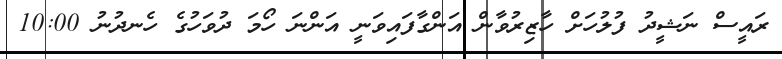
ރައީސް ނަޝީދު ފުލުހަށް ހާޒިރުވާން އަންގާފައިވަނީ އަންނަ ހޯމަ ދުވަހުގެ ހެނދުނު 10:00